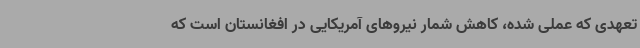
تعهدی که عملی شده، کاهش شمار نیروهای آمریکایی در افغانستان است که